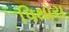
પિથોરા